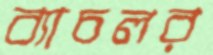
ব্যাচলর